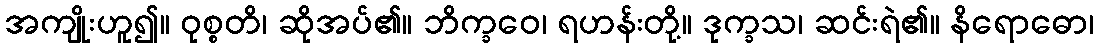
အကျိုးဟူ၍။ ဝုစ္စတိ၊ ဆိုအပ်၏။ ဘိက္ခဝေ၊ ရဟန်းတို့။ ဒုက္ခသ၊ ဆင်းရဲ၏။ နိရောဓော၊